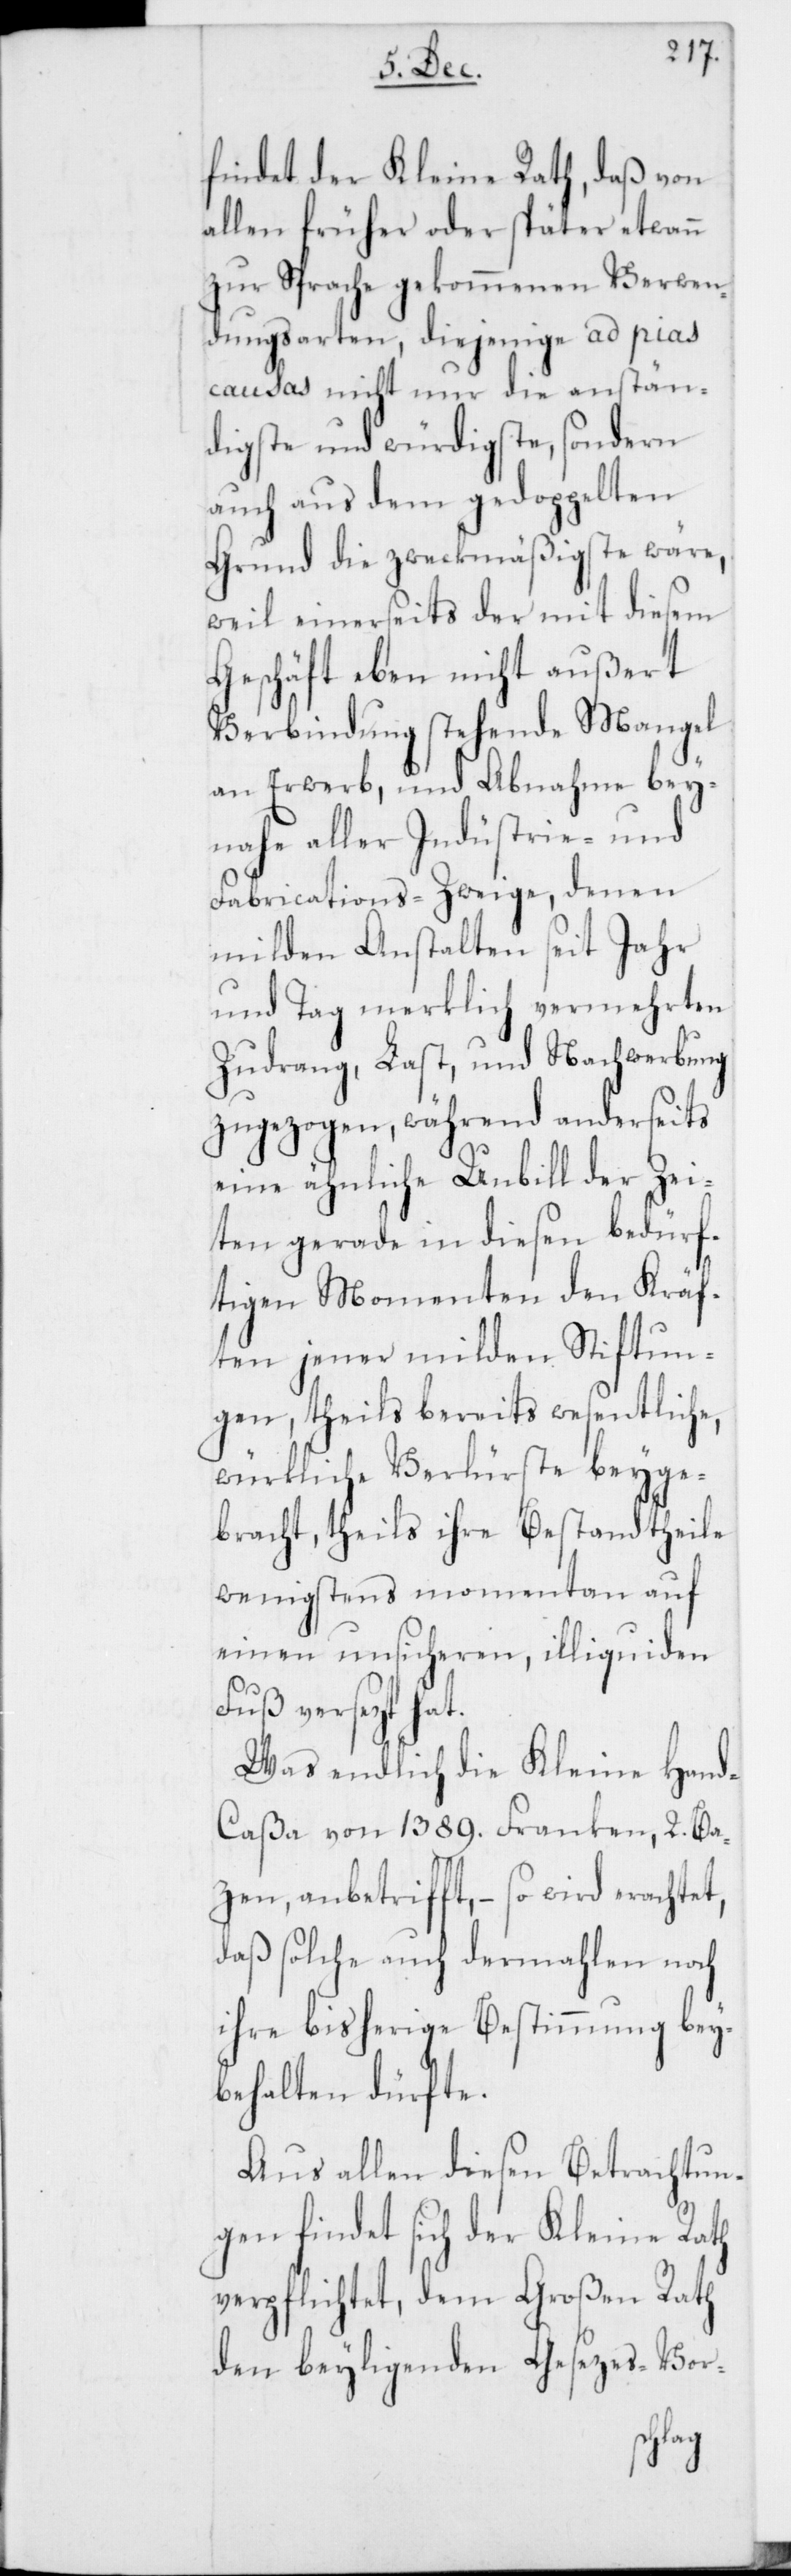
findet der Kleine Rath, daß von
allen früher oder später etwann
zur Sprache gekommenen Verwen¬
dungsarten, diejenige ad pias
causas nicht nur die anstän¬
digste und würdigste, sondern
auch aus dem gedoppelten
Grund die zweckmäßigste wäre,
weil einerseits der mit diesem
Geschäft eben nicht außert
Verbindung stehende Mangel
an Erwerb, und Abnahme bey¬
nahe aller Industrie- und
Fabrications-Zweige, denen
milden Anstalten seit Jahr
und Tag merklich vermehrten
Zudrang, Last, und Nachwerbung
zugezogen, während anderseits
eine ähnliche Unbill der Zei¬
ten gerade in diesen bedürf¬
tigen Momenten den Kräf¬
ten jener milden Stiftun¬
gen, theils bereits wesentliche,
würkliche Verlüste beyge¬
bracht, theils ihre Bestandtheile
wenigstens momentan auf
einen unsicheren, illiquiden
Fuß versezt hat.
Was endlich die Kleine Han¬
d-Caßa von 1389. Franken, 2. Ba¬
tzen, anbetrifft, – so wird erachtet,
daß solche auch dermahlen noch
ihre bisherige Bestimmung bey¬
behalten dürfte.
Aus allen diesen Betrachtun¬
gen findet sich der Kleine Rath
verpflichtet, dem Großen Rath
den beyligenden Gesetzes-Vor-